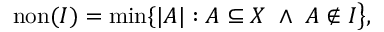
\operatorname { n o n } ( I ) = \operatorname* { m i n } \{ | A | : A \subseteq X \ \wedge \ A \notin I { \big \} } ,